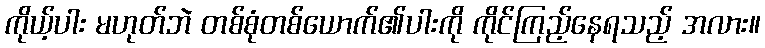
ကိုယ့်ပါး မဟုတ်ဘဲ တစ်စုံတစ်ယောက်၏ပါးကို ကိုင်ကြည့်နေရသည့် အလား။